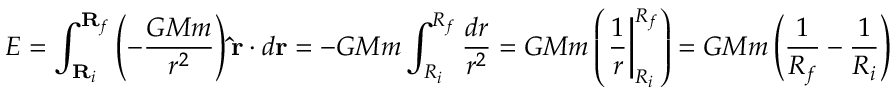
E = \int _ { \mathbf { R } _ { i } } ^ { \mathbf { R } _ { f } } \left( - \frac { G M m } { r ^ { 2 } } \right) \mathbf { \hat { r } } \cdot d \mathbf { r } = - G M m \int _ { R _ { i } } ^ { R _ { f } } \frac { d r } { r ^ { 2 } } = G M m \left( \left. \frac { 1 } { r } \right| _ { R _ { i } } ^ { R _ { f } } \right) = G M m \left( \frac { 1 } { R _ { f } } - \frac { 1 } { R _ { i } } \right)